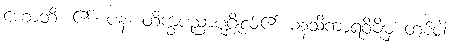
ဟောတိ၊ ၏။ ပန၊ တိက္ခပညာပုဂ္ဂိုလ်၏ မနသိကာရဝိဓိမှ တစ်ပါး